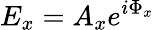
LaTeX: E_{x}=A_{x}e^{i\Phi_{x}}